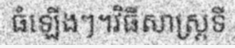
ធំឡើងៗ។វិធីសាស្ត្រទី